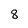
Character: 8